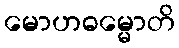
မောဟဓမ္မောတိ